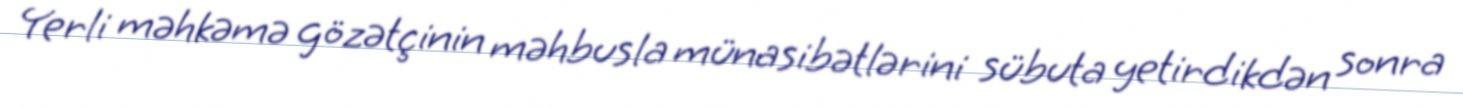
Yerli məhkəmə gözətçinin məhbusla münasibətlərini sübuta yetirdikdən sonra